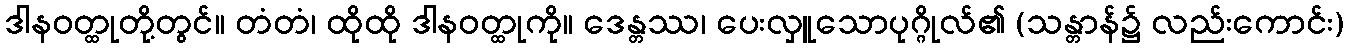
ဒါနဝတ္ထုတို့တွင်။ တံတံ၊ ထိုထို ဒါနဝတ္ထုကို။ ဒေန္တဿ၊ ပေးလှူသောပုဂ္ဂိုလ်၏ (သန္တာန်၌ လည်းကောင်း)